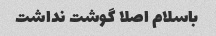
باسلام اصلا گوشت نداشت